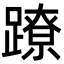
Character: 蹽